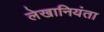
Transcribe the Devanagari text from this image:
लेखानियंता